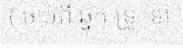
( ចាប់ពី ឆ្នុក ទ្រូ ទៅ